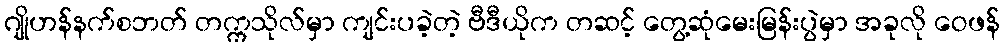
ဂျိုဟန်နက်စဘတ် တက္ကသိုလ်မှာ ကျင်းပခဲ့တဲ့ ဗီဒီယိုက တဆင့် တွေ့ဆုံမေးမြန်းပွဲမှာ အခုလို ဝေဖန်